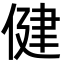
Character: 健